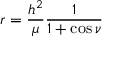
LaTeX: r = { \frac { h ^ { 2 } } { \mu } } { \frac { 1 } { 1 + \cos \nu } }